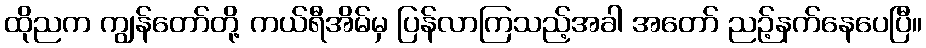
ထိုညက ကျွန်တော်တို့ ကယ်ရီအိမ်မှ ပြန်လာကြသည့်အခါ အတော် ညဉ့်နက်နေပေပြီ။